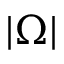
| \Omega |